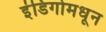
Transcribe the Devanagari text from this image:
इंडिगोमधून